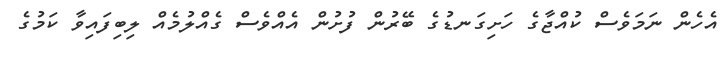
އެހެން ނަމަވެސް ކުއްޖާގެ ހަށިގަނޑުގެ ބޭރުން ފުށުން އެއްވެސް ގެއްލުމެއް ލިބިފައިވާ ކަމުގެ